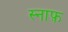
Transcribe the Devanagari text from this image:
स्नाफ़